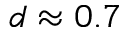
d \approx 0 . 7